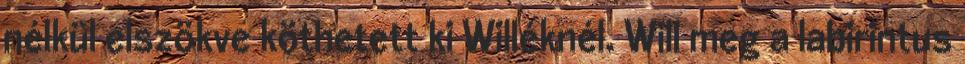
nélkül elszökve köthetett ki Willéknél. Will meg a labirintus